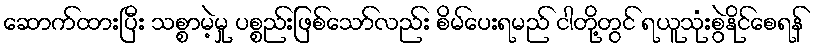
ဆောက်ထားပြီး သစ္စာမဲ့မှု ပစ္စည်းဖြစ်သော်လည်း စိမ်ပေးရမည် ငါတို့တွင် ရယူသုံးစွဲနိုင်စေရန်